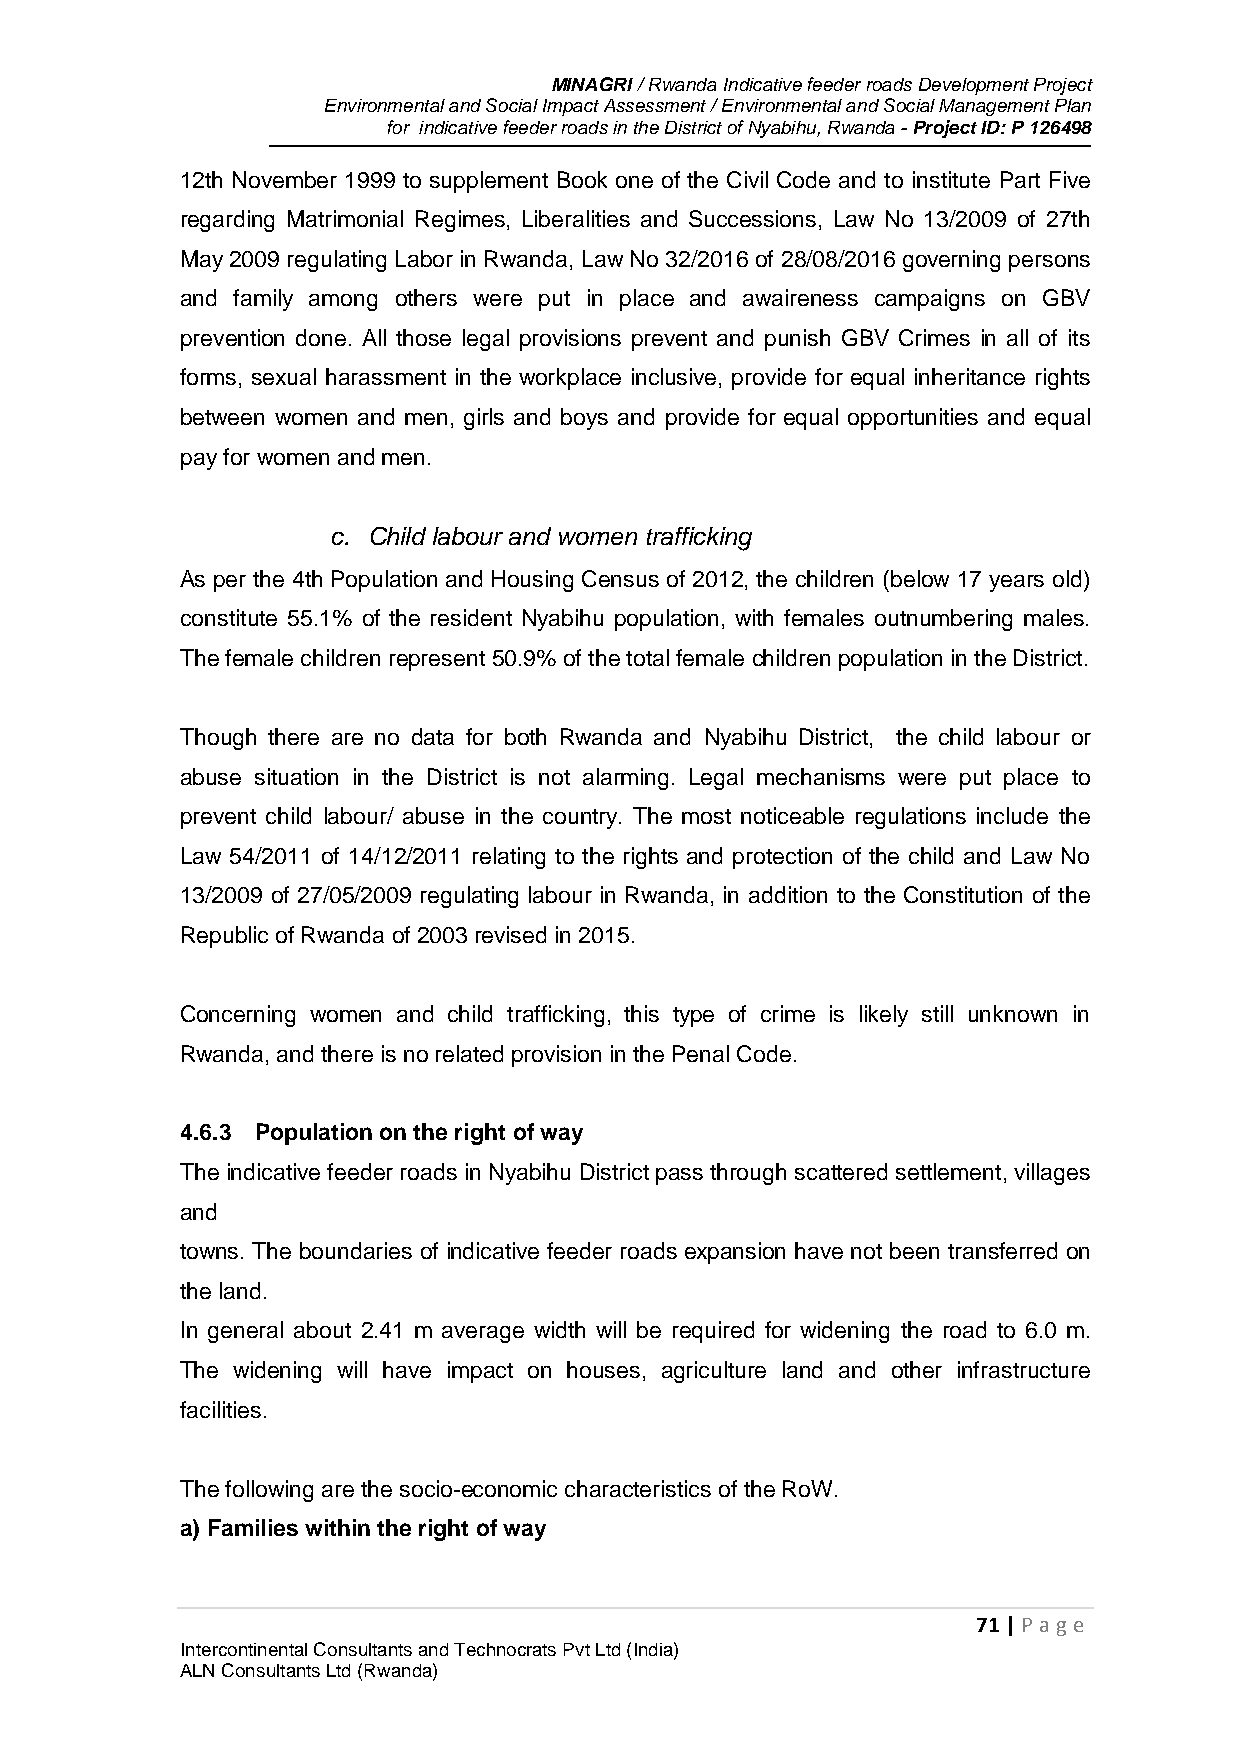
MINAGRI / Rwanda Indicative feeder roads Development Project
 Environmental and Social Impact Assessment / Environmental and Social Management Plan
 for indicative feeder roads in the District of Nyabihu, Rwanda - Project ID: P 126498
 12th November 1999 to supplement Book one of the Civil Code and to institute Part Five
 regarding Matrimonial Regimes, Liberalities and Successions, Law No 13/2009 of 27th
 May 2009 regulating Labor in Rwanda, Law No 32/2016 of 28/08/2016 governing persons
 and family among others were put in place and awaireness campaigns on GBV
 prevention done. All those legal provisions prevent and punish GBV Crimes in all of its
 forms, sexual harassment in the workplace inclusive, provide for equal inheritance rights
 between women and men, girls and boys and provide for equal opportunities and equal
 pay for women and men.
 c. Child labour and women trafficking
 As per the 4th Population and Housing Census of 2012, the children (below 17 years old)
 constitute 55.1% of the resident Nyabihu population, with females outnumbering males.
 The female children represent 50.9% of the total female children population in the District.
 Though there are no data for both Rwanda and Nyabihu District, the child labour or
 abuse situation in the District is not alarming. Legal mechanisms were put place to
 prevent child labour/ abuse in the country. The most noticeable regulations include the
 Law 54/2011 of 14/12/2011 relating to the rights and protection of the child and Law No
 13/2009 of 27/05/2009 regulating labour in Rwanda, in addition to the Constitution of the
 Republic of Rwanda of 2003 revised in 2015.
 Concerning women and child trafficking, this type of crime is likely still unknown in
 Rwanda, and there is no related provision in the Penal Code.
 4.6.3 Population on the right of way
 The indicative feeder roads in Nyabihu District pass through scattered settlement, villages
 and
 towns. The boundaries of indicative feeder roads expansion have not been transferred on
 the land.
 In general about 2.41 m average width will be required for widening the road to 6.0 m.
 The widening will have impact on houses, agriculture land and other infrastructure
 facilities.
 The following are the socio-economic characteristics of the RoW.
 a) Families within the right of way
 71 | P age
 Intercontinental Consultants and Technocrats Pvt Ltd (India)
 ALN Consultants Ltd (Rwanda)